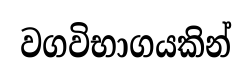
වගවිභාගයකින්